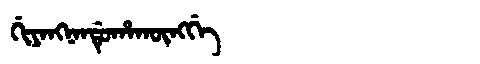
Manchu: ᡤᡳᠶᠠᠩᠨᠠᠨᡩᡠᡥᠠᡴᡡᠩᡤᡝ
Romanization: GIYANGNANDUHAKŪNGGE